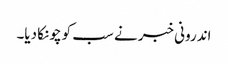
اندرونی خبر نے سب کو چونکا دیا۔